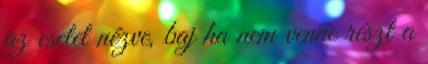
az esetet nézve, baj ha nem venne részt a